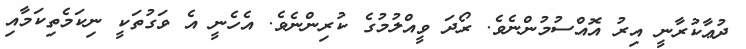
ދުޢާކުރާނީ އިރު އޮއްސުމުންނެވެ. ރޯދަ ވީއްލުމުގެ ކުރިންނެވެ. އެހެނީ އެ ވަގުތަކީ ނިކަމެތިކަމާއި